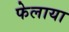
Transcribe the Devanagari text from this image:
फेलाया